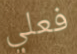
فعلي